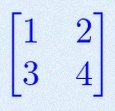
\begin{bmatrix}1&2\\3&4\end{bmatrix}